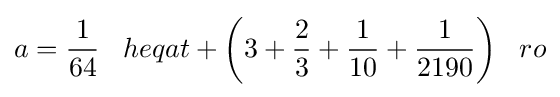
a={\frac {1}{64}}\;\;\;heqat+{\bigg (}3+{\frac {2}{3}}+{\frac {1}{10}}+{\frac {1}{2190}}{\bigg )}\;\;\;ro